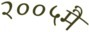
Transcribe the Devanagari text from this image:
२००५मै